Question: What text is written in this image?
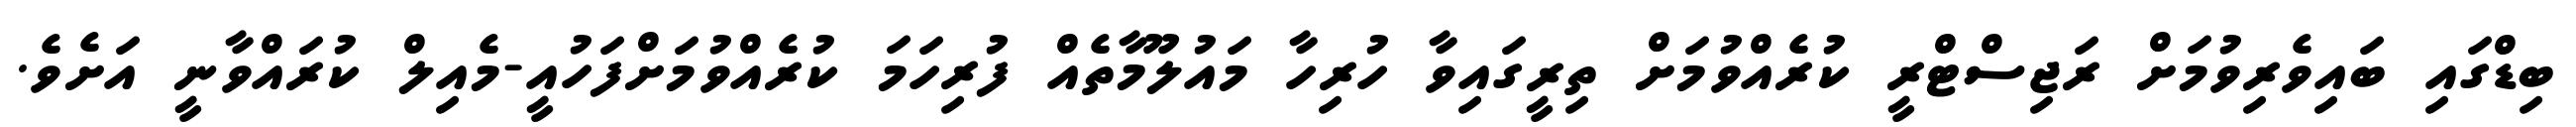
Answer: ބިޑްގައި ބައިވެރިވުމަށް ރަޖިސްޓްރީ ކުރެއްވުމަށް ތިރީގައިވާ ހުރިހާ މައުލޫމާތެއް ފުރިހަމަ ކުރެއްވުމަށްފަހުއީ-މެއިލް ކުރައްވާނީ އަށެވެ.